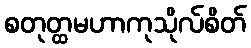
စတုတ္ထမဟာကုသိုလ်စိတ်